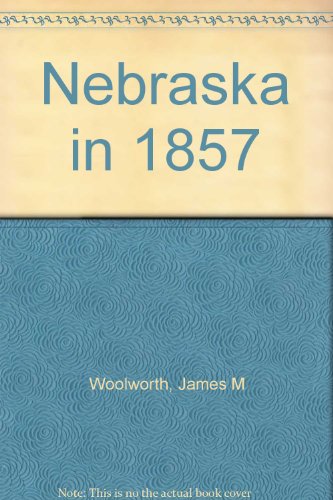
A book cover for Nebraska in 1857; James M Woolworth; Travel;